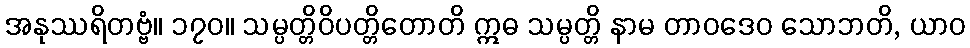
အနုဿရိတဗ္ဗံ။ ၁၇၀။ သမ္ပတ္တိဝိပတ္တိတောတိ ဣဓ သမ္ပတ္တိ နာမ တာဝဒေဝ သောဘတိ, ယာဝ